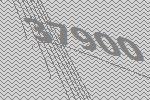
37900